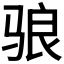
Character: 𬴀